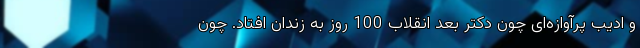
و ادیب پرآوازه‌ای چون دکتر بعد انقلاب 100 روز به زندان افتاد. چون